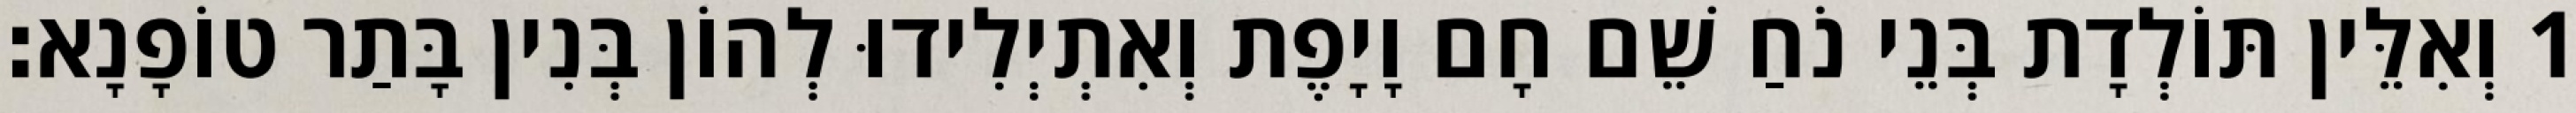
1 וְאִלֵּין תּוֹלְדָת בְּנֵי נֹחַ שֵׁם חָם וָיָפֶת וְאִתְיְלִידוּ לְהוֹן בְּנִין בָּתַר טוֹפָנָא׃